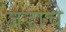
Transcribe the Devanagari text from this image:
जडाचे